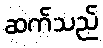
ဆက်သည်